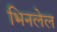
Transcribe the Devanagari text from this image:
भिनलेल